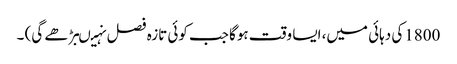
1800کی دہائی میں، ایسا وقت ہوگا جب کوئی تازہ فصل نہیںبڑھے گی) ۔